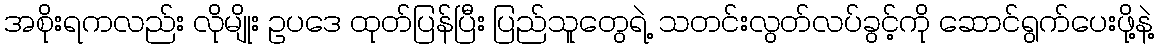
အစိုးရကလည်း လိုမျိုး ဥပဒေ ထုတ်ပြန်ပြီး ပြည်သူတွေရဲ့ သတင်းလွတ်လပ်ခွင့်ကို ဆောင်ရွက်ပေးဖို့နဲ့